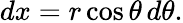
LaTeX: dx=r\cos\theta\, d\theta.